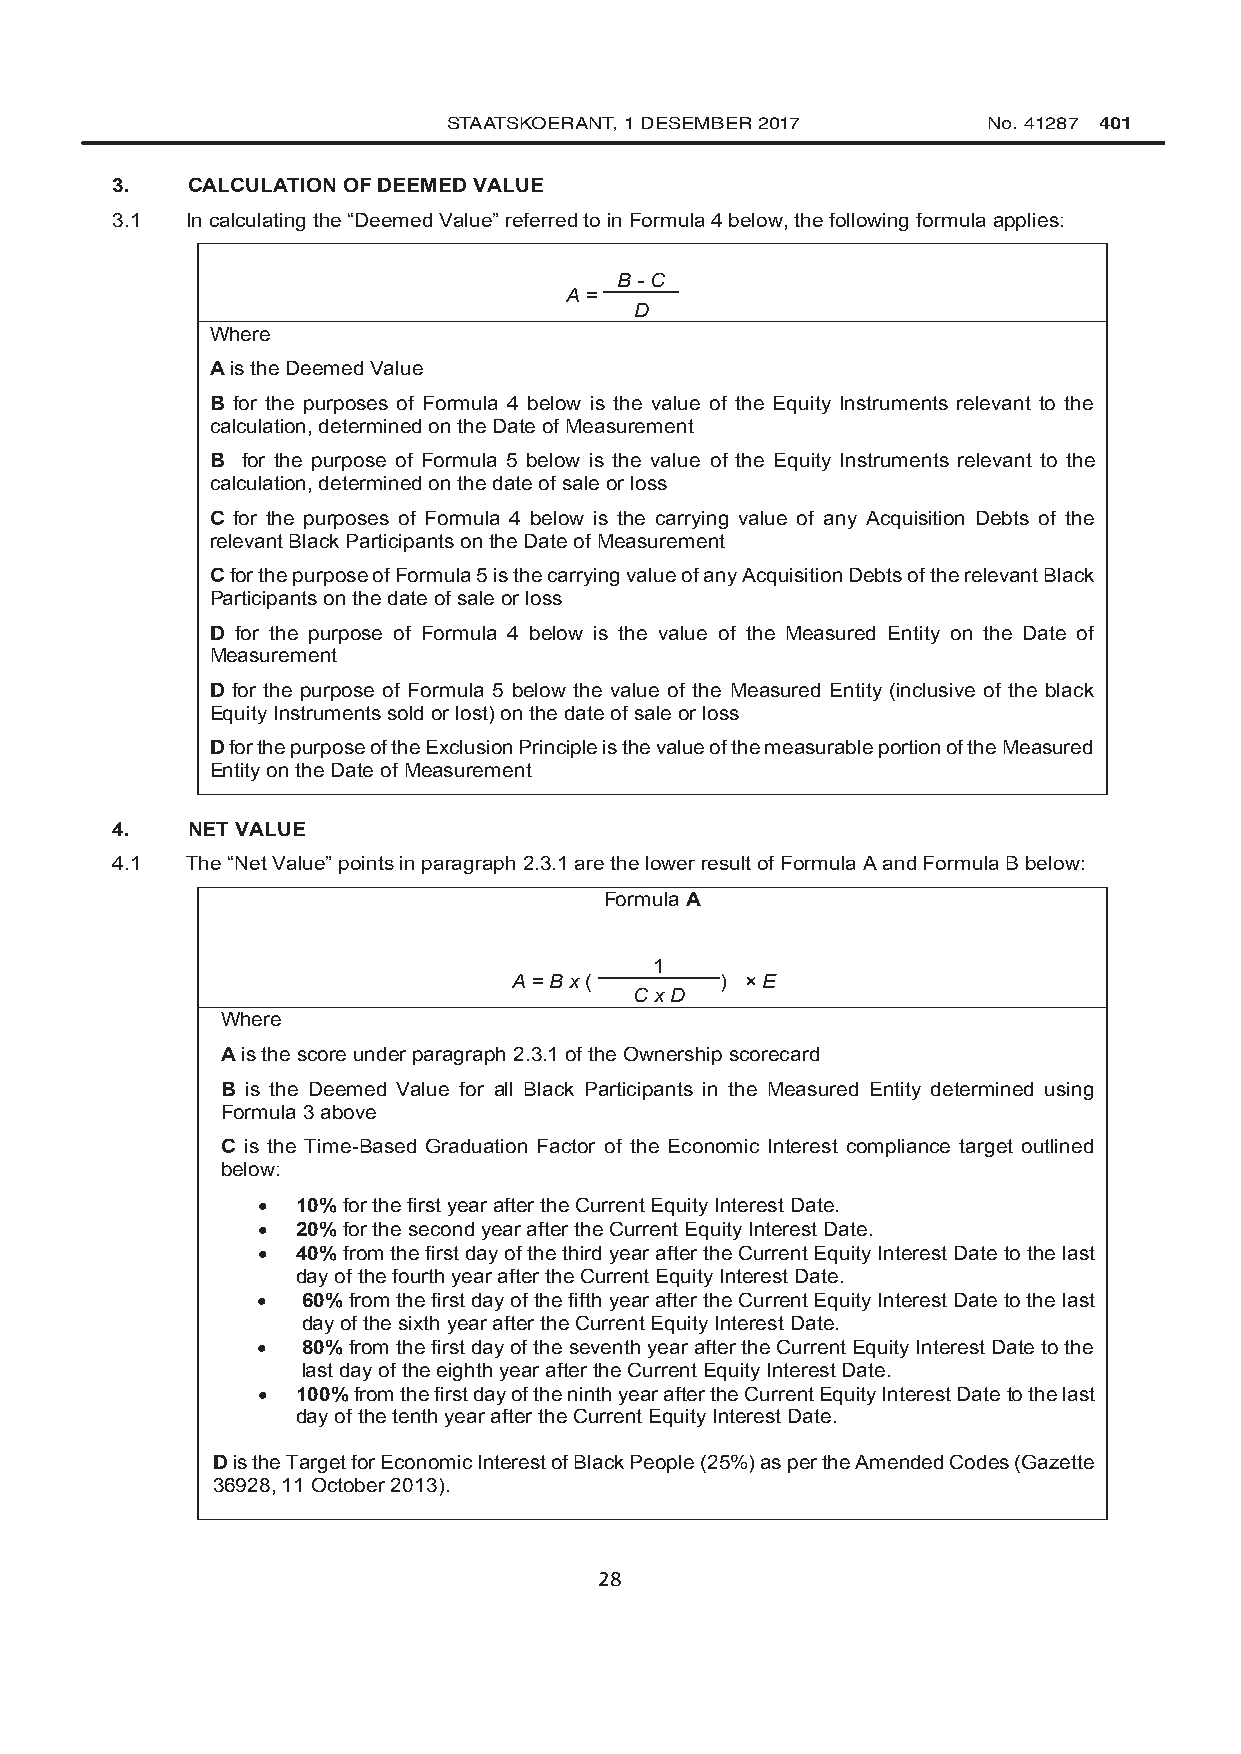
STAATSKOERANT, 1 DESEMBER 2017     No. 41287 401
 3.   CALCULATION OF DEEMED VALUE
 3.1  In calculating the “Deemed Value” referred to in Formula 4 below, the following formula applies:
 B - C
 A =
 D
 Where
 A is the Deemed Value
 B for the purposes of Formula 4 below is the value of the Equity Instruments relevant to the
 calculation, determined on the Date of Measurement
 B for the purpose of Formula 5 below is the value of the Equity Instruments relevant to the
 calculation, determined on the date of sale or loss
 C for the purposes of Formula 4 below is the carrying value of any Acquisition Debts of the
 relevant Black Participants on the Date of Measurement
 C for the purpose of Formula 5 is the carrying value of any Acquisition Debts of the relevant Black
 Participants on the date of sale or loss
 D for the purpose of Formula 4 below is the value of the Measured Entity on the Date of
 Measurement
 D for the purpose of Formula 5 below the value of the Measured Entity (inclusive of the black
 Equity Instruments sold or lost) on the date of sale or loss
 D for the purpose of the Exclusion Principle is the value of the measurable portion of the Measured
 Entity on the Date of Measurement
 4.   NET VALUE
 4.1  The “Net Value” points in paragraph 2.3.1 are the lower result of Formula A and Formula B below:
 Formula A
 1
 A = B x (     ) × E
 C x D
 Where
 A is the score under paragraph 2.3.1 of the Ownership scorecard
 B is the Deemed Value for all Black Participants in the Measured Entity determined using
 Formula 3 above
 C is the Time-Based Graduation Factor of the Economic Interest compliance target outlined
 below:
   10% for the first year after the Current Equity Interest Date.
   20% for the second year after the Current Equity Interest Date.
   40% from the first day of the third year after the Current Equity Interest Date to the last
 day of the fourth year after the Current Equity Interest Date.
   60% from the first day of the fifth year after the Current Equity Interest Date to the last
 day of the sixth year after the Current Equity Interest Date.
   80% from the first day of the seventh year after the Current Equity Interest Date to the
 last day of the eighth year after the Current Equity Interest Date.
   100% from the first day of the ninth year after the Current Equity Interest Date to the last
 day of the tenth year after the Current Equity Interest Date.
 D is the Target for Economic Interest of Black People (25%) as per the Amended Codes (Gazette
 36928, 11 October 2013).
 28